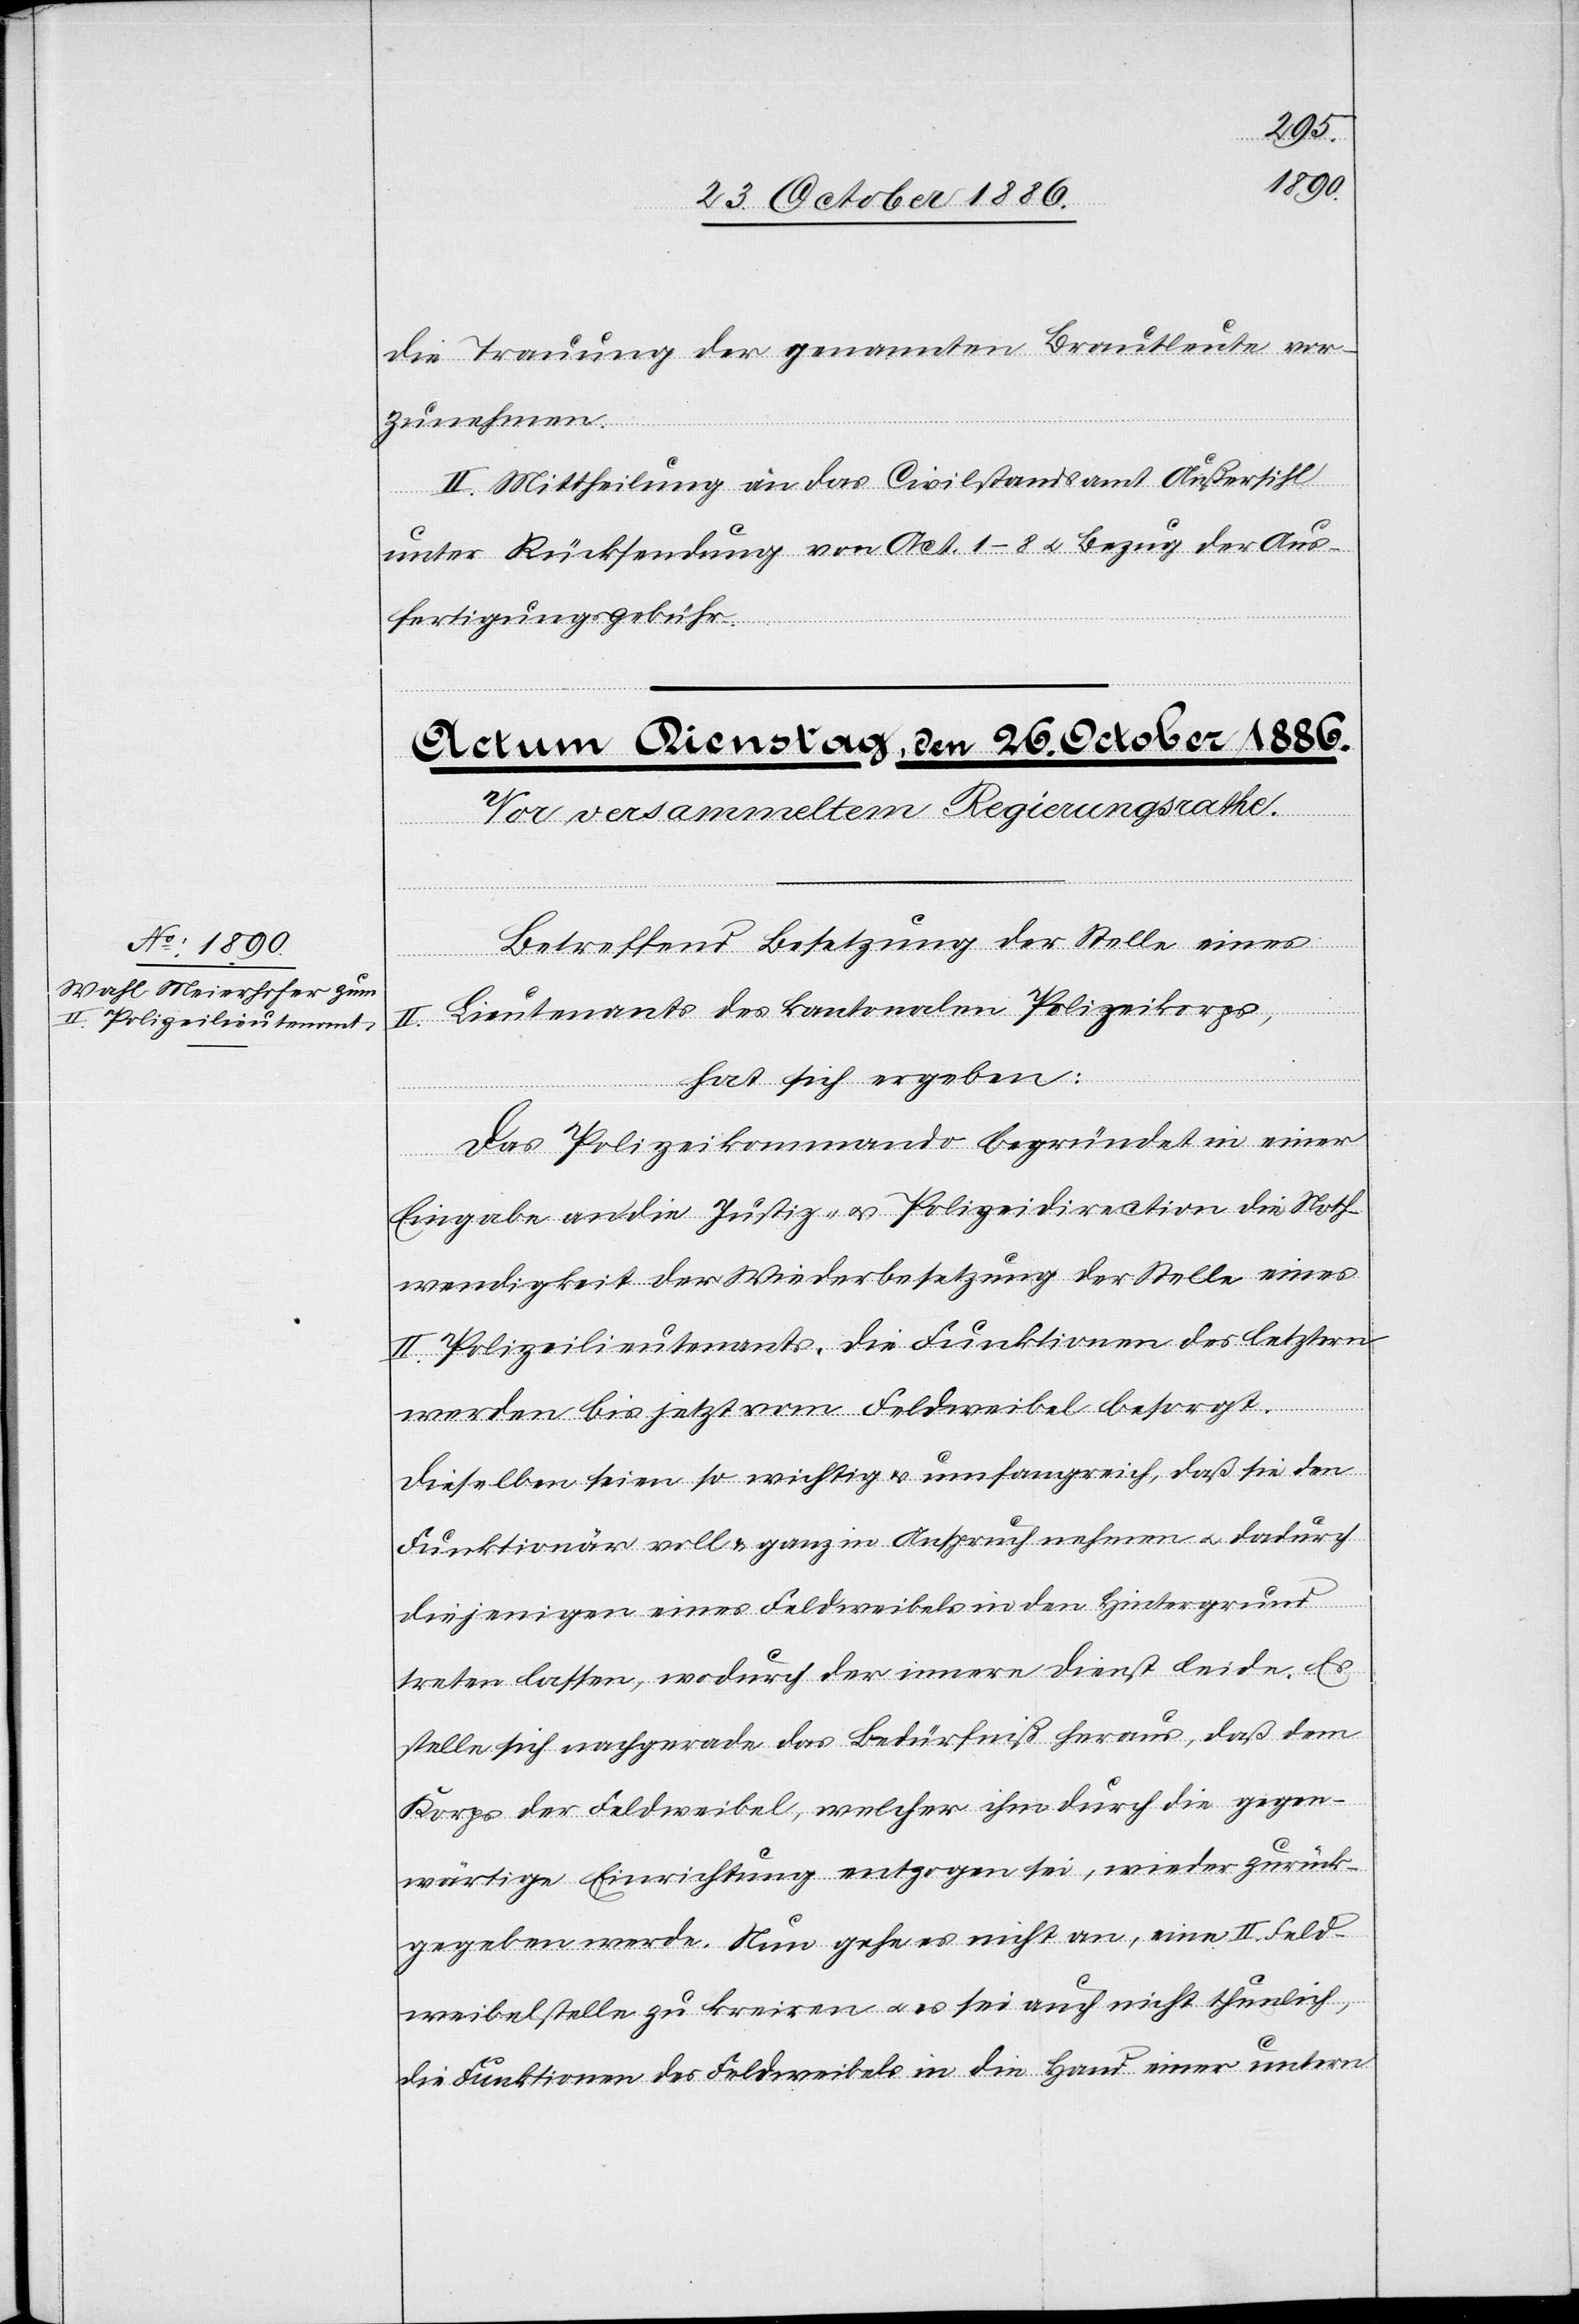
die Trauung der genannten Brautleute vor¬
zunehmen.
II. Mittheilung an das Civilstandsamt Außersihl
unter Rücksendung von Act. 1–8 & Bezug der Aus¬
fertigungsgebühr.
Betreffend Besetzung der Stelle eines
II. Lieutenants des kantonalen Polizeikorps,
hat sich ergeben:
Das Polizeikommando begründet in einer
Eingabe an die Justiz- & Polizeidirection die Noth¬
wendigkeit der Wiederbesetzung der Stelle eines
II. Polizeilieutenants. Die Funktionen des letztern
werden bis jetzt vom Feldweibel besorgt.
Dieselben seien so wichtig & umfangreich, daß sie den
Funktionär voll & ganz in Anspruch nehmen & dadurch
diejenigen eines Feldweibels in den Hintergrund
treten lassen, wodurch der innere Dienst leide. Es
stelle sich nachgerade das Bedürfniß heraus, daß dem
Korps der Feldweibel, welcher ihm durch die gegen¬
wärtige Einrichtung entzogen sei, wieder zurück¬
gegeben werde. Nun gehe es nicht an, eine II. Feld¬
weibelstelle zu kreiren & es sei auch nicht thunlich,
die Funktionen des Feldweibels in die Hand einer untern